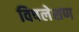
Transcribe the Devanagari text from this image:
विषलेशण